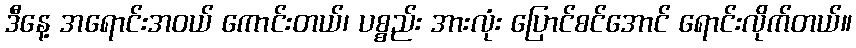
ဒီနေ့ အရောင်းအဝယ် ကောင်းတယ်၊ ပစ္စည်း အားလုံး ပြောင်စင်အောင် ရောင်းလိုက်တယ်။